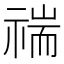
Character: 𥚻